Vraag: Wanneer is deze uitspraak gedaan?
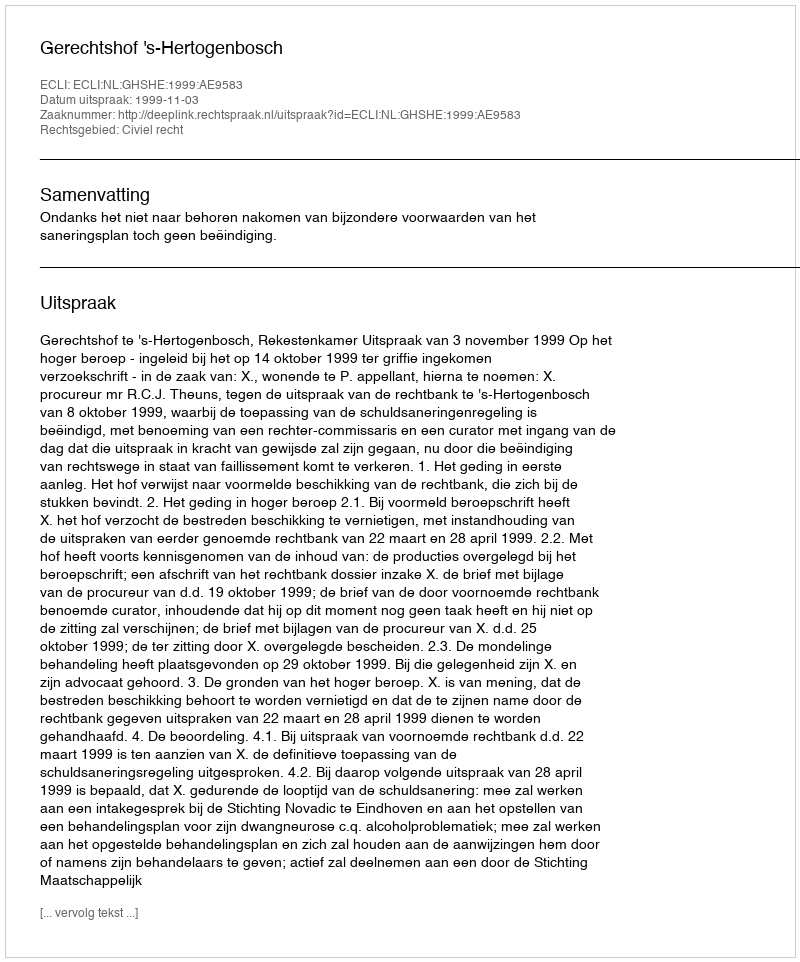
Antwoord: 1999-11-03